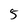
Character: 5